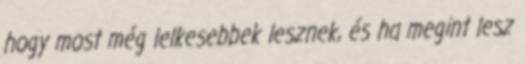
hogy most még lelkesebbek lesznek, és ha megint lesz